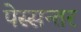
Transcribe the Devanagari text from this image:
पेस्सन्तर